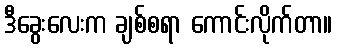
ဒီခွေးလေးက ချစ်စရာ ကောင်းလိုက်တာ။